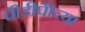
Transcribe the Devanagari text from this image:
पीडीपीच्या